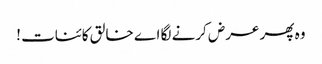
وہ پھر عرض کرنے لگا اے خالق کائنات !